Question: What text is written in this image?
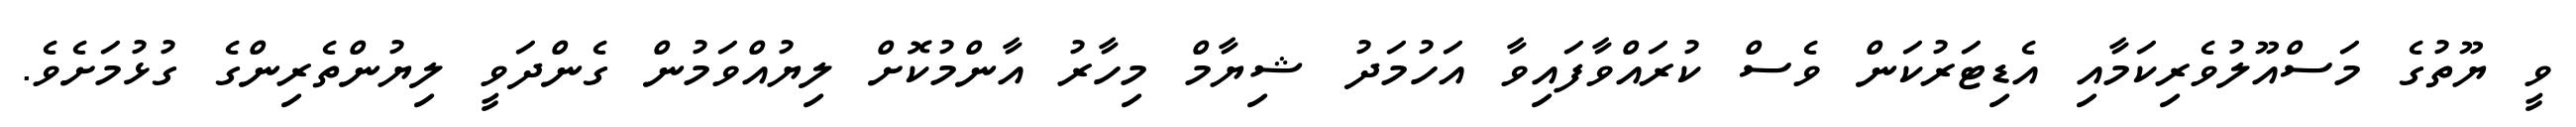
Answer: ވީ ޔޫތުގެ މަސްއޫލުވެރިކަމާއި އެޑިޓަރުކަން ވެސް ކުރައްވާފައިވާ އަހުމަދު ޝިޔާމް މިހާރު އާންމުކޮށް ލިޔުއްވަމުން ގެންދަވީ ލިޔުންތެރިންގެ ގުޅުމަށެވެ.